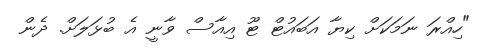
"ހިއްރަ ނަމަކަށް ކިޔާ އަބައުޓް ޓޫ އިއާސް ވާނީ އެ ބުޅަލަށް. ދެން